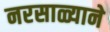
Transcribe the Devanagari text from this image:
नरसाळ्याने